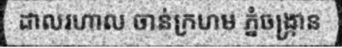
ដាលរហាល ចាន់ក្រហម ភ្នំចង្ក្រាន